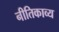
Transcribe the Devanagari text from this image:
नीतिकाव्य